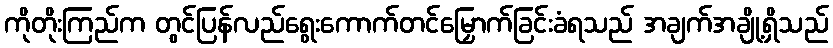
ကိုတိုးကြည်က တွင်ပြန်လည်ရွေးကောက်တင်မြှောက်ခြင်းခံရသည် အချက်အချို့ရှိသည်